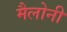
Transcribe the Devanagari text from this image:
मैलोनी